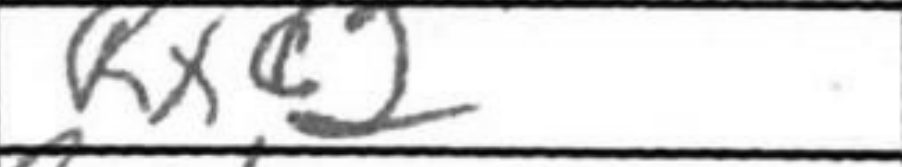
Transcription: Rxc2